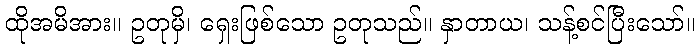
ထိုအမိအား။ ဥတုမှိ၊ ရှေးဖြစ်သော ဥတုသည်။ နှာတာယ၊ သန့်စင်ပြီးသော်။